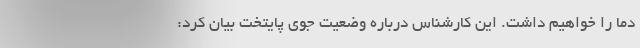
دما را خواهیم داشت. این کارشناس درباره وضعیت جوی پایتخت بیان کرد: